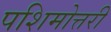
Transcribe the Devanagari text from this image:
पशिमोत्तरी